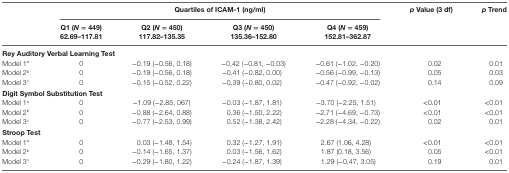
<table><thead><tr><td rowspan="2"></td><td colspan="4"><b>Quartiles of ICAM-1 (ng/ml)</b></td><td rowspan="2"><b><i>p</i> Value (3 df)</b></td><td rowspan="2"><b><i>p</i> Trend</b></td></tr><tr><td><b>Q1 (<i>N</i> = 449)62.69–117.81</b></td><td><b>Q2 (<i>N</i> = 450)117.82–135.35</b></td><td><b>Q3 (<i>N</i> = 450)135.36–152.80</b></td><td><b>Q4 (<i>N</i> = 459)152.81–362.87</b></td></tr></thead><tbody><tr><td colspan="7"><b>Rey Auditory Verbal Learning Test</b></td></tr><tr><td>Model 1<sup>a</sup></td><td>0</td><td>−0.19 (−0.56, 0.18)</td><td>−0.42 (−0.81, −0.03)</td><td>−0.61 (−1.02, −0.20)</td><td>0.02</td><td>0.01</td></tr><tr><td>Model 2<sup>b</sup></td><td>0</td><td>−0.19 (−0.56, 0.18)</td><td>−0.41 (−0.82, 0.00)</td><td>−0.56 (−0.99, −0.13)</td><td>0.05</td><td>0.03</td></tr><tr><td>Model 3<sup>c</sup></td><td>0</td><td>−0.15 (−0.52, 0.22)</td><td>−0.39 (−0.80, 0.02)</td><td>−0.47 (−0.92, −0.02)</td><td>0.14</td><td>0.09</td></tr><tr><td colspan="7"><b>Digit Symbol Substitution Test</b></td></tr><tr><td>Model 1<sup>a</sup></td><td>0</td><td>−1.09 (−2.85, 067)</td><td>−0.03 (−1.87, 1.81)</td><td>−3.70 (−2.25, 1.51)</td><td>&lt;0.01</td><td>&lt;0.01</td></tr><tr><td>Model 2<sup>b</sup></td><td>0</td><td>−0.88 (−2.64, 0.88)</td><td>0.36 (−1.50, 2.22)</td><td>−2.71 (−4.69, −0.73)</td><td>&lt;0.01</td><td>&lt;0.01</td></tr><tr><td>Model 3<sup>c</sup></td><td>0</td><td>−0.77 (−2.53, 0.99)</td><td>0.52 (−1.38, 2.42)</td><td>−2.28 (−4.34, −0.22)</td><td>0.02</td><td>0.01</td></tr><tr><td colspan="7"><b>Stroop Test</b></td></tr><tr><td>Model 1<sup>a</sup></td><td>0</td><td>0.03 (−1.48, 1.54)</td><td>0.32 (−1.27, 1.91)</td><td>2.67 (1.06, 4.28)</td><td>&lt;0.01</td><td>&lt;0.01</td></tr><tr><td>Model 2<sup>b</sup></td><td>0</td><td>−0.14 (−1.65, 1.37)</td><td>0.03 (−1.56, 1.62)</td><td>1.87 (0.18, 3.56)</td><td>0.05</td><td>&lt;0.01</td></tr><tr><td>Model 3<sup>c</sup></td><td>0</td><td>−0.29 (−1.80, 1.22)</td><td>−0.24 (−1.87, 1.39)</td><td>1.29 (−0.47, 3.05)</td><td>0.19</td><td>0.01</td></tr></tbody></table>